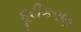
દૂરીકરણ